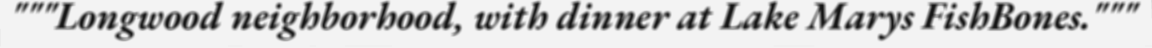
"""Longwood neighborhood, with dinner at Lake Marys FishBones."""